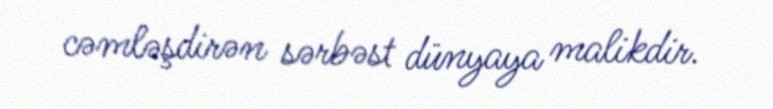
cəmləşdirən sərbəst dünyaya malikdir.